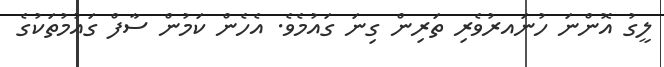
ލީގު އޮންނަ ހުނައރުވެރި ތަރިން ގިނަ ގައުމެވެ. އެހެން ކަމުން ސާފް ގައުމުތަކުގެ